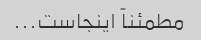
مطمئناً اینجاست...